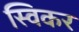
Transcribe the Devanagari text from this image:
स्विकर